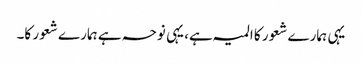
یہی ہمارے شعور کا المیہ ہے، یہی نوحہ ہے ہمارے شعور کا۔